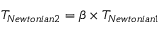
T _ { N e w t o n i a n 2 } = \beta \times T _ { N e w t o n i a n 1 }